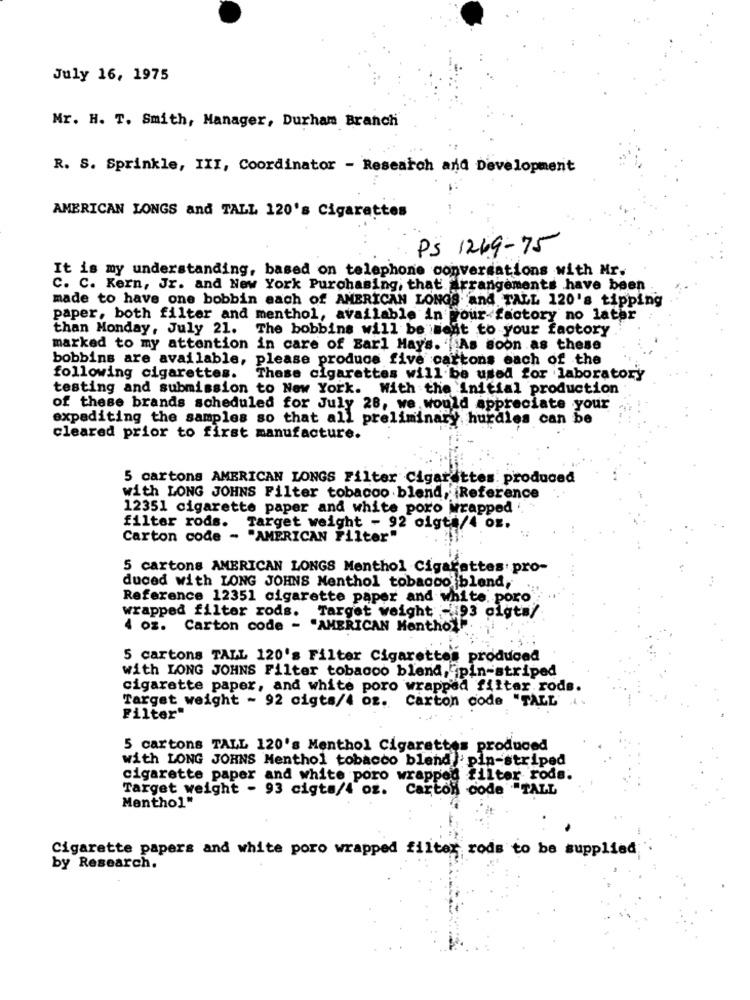
July 16, 1975
Mr. H. T. Smith, Manager, Durham Branch
R. S. Sprinkle, III, Coordinator - Research and Development
AMERICAN LONGS and TALL 120's Cigarettes
PS 1269-75
It is my understanding, based on telephone conversations with Mr.
C. C. Kern, Jr. and New York Purchasing, that Arrangements have been
made to have one bobbin each of AMERICAN LONGS and TALL 120's tipping
paper, both filter and menthol, available in your factory no later
than Monday, July 21. The bobbins will be west to your factory
marked to my attention in care of Earl Hay's. As soon as these
bobbins are available, please produce five cartons each of the
following cigarettes.
These cigarettes will be used for laboratory
testing and submission to New York. With the Initial production
of these brands scheduled for July 28, we would appreciate your
expediting the samples so that all preliminary hurdles can be
cleared prior to first manufacture.
5 cartons AMERICAN LONGS Filter Cigarettes: produced
with LONG JOHNS Filter tobacco blend, Reference
12351 cigarette paper and white poro wrapped '.
filter rods.
Target weight - 92 olgt /4 oz.
Carton code - "AMERICAN Filter"
5 cartons AMERICAN LONGS Menthol Cigarettes. pro-
duced with LONG JOHNS Menthol tobacco blend,
Reference 12351 cigarette paper and white. poro
wrapped filter rods. Target weight -193 cigts/
4 oz. Carton code - "AMERICAN Menthol
5 cartons TALL 120's Filter Cigarettes produced
with LONG JOHNS Filter tobacco blend,"pin-striped
cigarette paper, and white poro wrapped filter rods.
Target weight - 92 cigts/4 oz. Carton code "TALL" .
Filter"
5 cartons TALL 120's Menthol Cigarettes produced
with LONG JOHNS Menthol tobacco bland : pin-striped
cigarette paper and white poro wrapped filter rods.
Target weight - 93 cigts/4 oz. Carton code "TALL
Menthol"
Cigarette papers and white poro wrapped filter rods to be supplied
by Research.